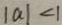
\vert a \vert < 1